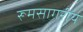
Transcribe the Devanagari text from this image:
रूमसागरीय